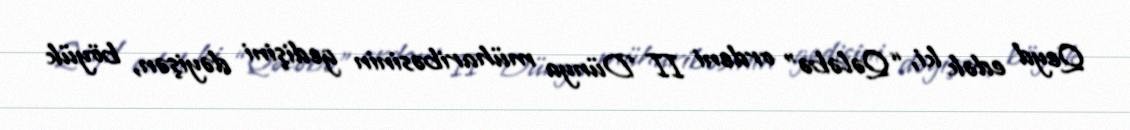
Qeyd edək ki, “Qələbə” ordeni II Dünya müharibəsinin gedişini dəyişən, böyük